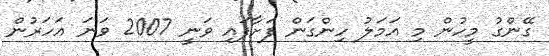
ގޭންގު މީހުން މި އަމަލު ހިންގަން ފަށާފައި ވަނީ 2007 ވަނަ އަހަރުން